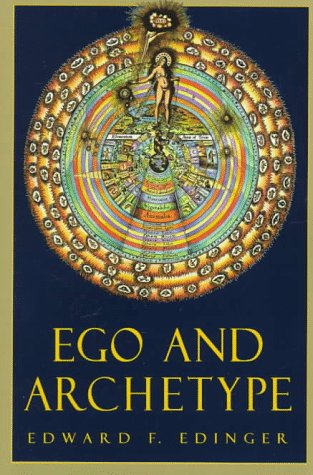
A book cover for Ego and Archetype; Edward Edinger; Medical Books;